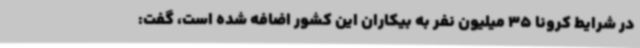
در شرایط کرونا 35 میلیون نفر به بیکاران این کشور اضافه شده است، گفت: